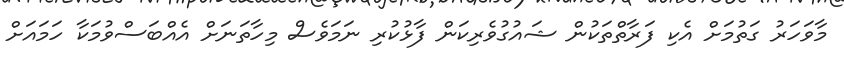
މާވަހަރު ގަތުމަށް އެކި ފަރާތްތަކުން ޝައުގުވެރިކަން ފާޅުކުރި ނަމަވެސް މިހާތަނަށް އެއްބަސްވުމަކާ ހަމައަށް